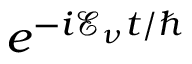
e ^ { - i \mathcal { E } _ { \nu } t / \hbar }